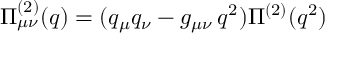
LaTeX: \Pi _ { \mu \nu } ^ { ( 2 ) } ( q ) = ( q _ { \mu } q _ { \nu } - g _ { \mu \nu } \, q ^ { 2 } ) \Pi ^ { ( 2 ) } ( q ^ { 2 } )